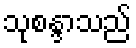
သုစန္ဒာသည်